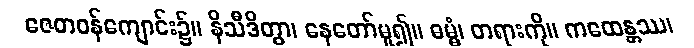
ဇေတဝန်ကျောင်း၌။ နိသီဒိတွာ၊ နေတော်မူ၍။ ဓမ္မံ၊ တရားကို။ ကထေန္တဿ၊